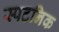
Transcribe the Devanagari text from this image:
स्पटनिक